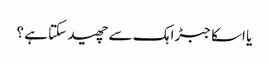
یا اسکا جبڑا ہک سے چھید سکتا ہے ؟